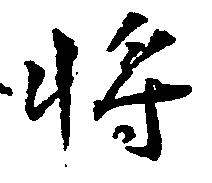
将